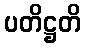
ပတိဋ္ဌတိ